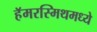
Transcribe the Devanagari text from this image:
हॅमरस्मिथमध्ये